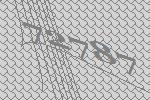
72787